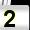
Digit: 2